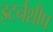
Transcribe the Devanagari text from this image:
इटर्नशीप